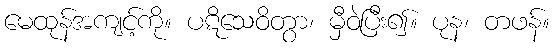
မေထုန်အကျင့်ကို။ ပဋိသေဝိတွာ၊ မှီဝဲပြီး၍။ ပုန၊ တဖန်။